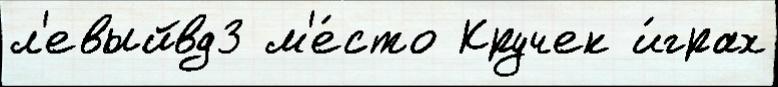
л'евыйвд3 м'е́сто Кручек и́грах